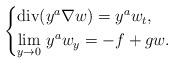
LaTeX: \begin{align*}\begin{cases}\operatorname{div} (y^a \nabla w) = y^a w_t,\\\underset{y \to 0}{\lim}\ y^a w_y= -f + gw.\end{cases}\end{align*}